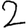
Digit: 2